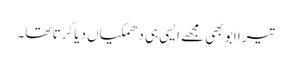
تیرا ابو بھی مجھے ایسی ہی دھمکیاں دیا کرتا تھا۔